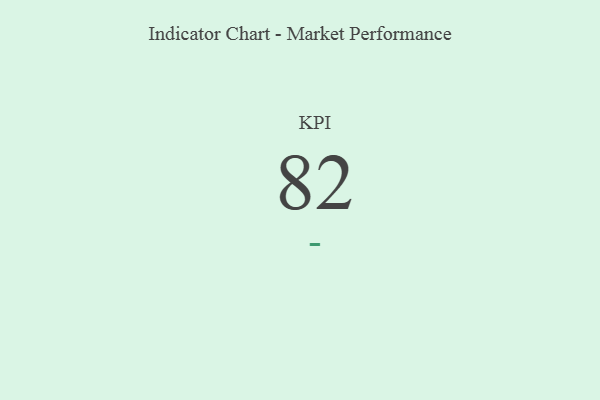
{"axis": {"x": "KPI", "y": "Value"}, "legend": [""], "data": [{"x": "KPI", "y": 82, "type": ""}]}